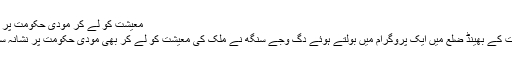
معیشت کو لے کر مودی حکومت پر نشانہ
ریاست کے بھینڈ ضلع میں ایک پروگرام میں بولتے ہوئے دگ وجے سنگھ نے ملک کی معیشت کو لے کر بھی مودی حکومت پر نشانہ سادھا ۔